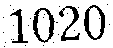
1020